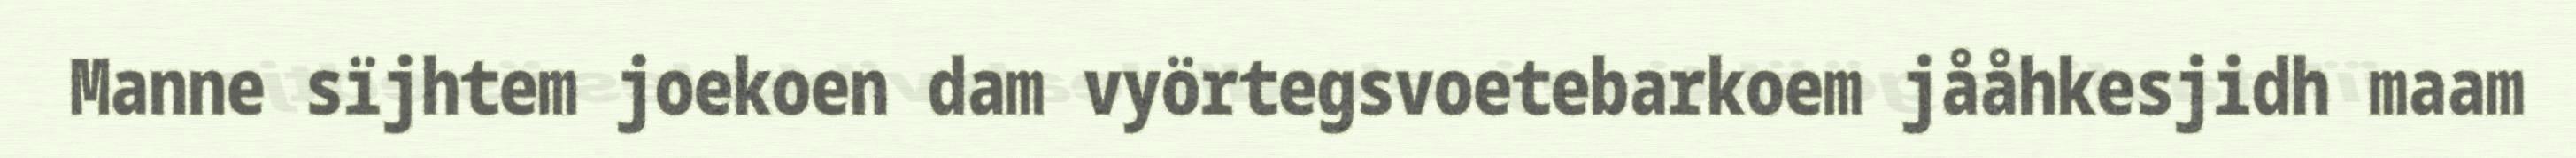
Manne sïjhtem joekoen dam vyörtegsvoetebarkoem jååhkesjidh maam